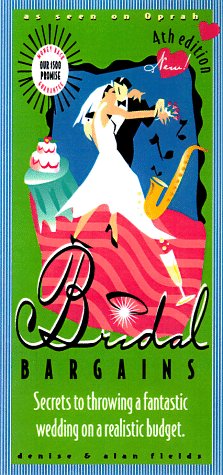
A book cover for Bridal Bargains: Secrets to Throwing a Fantastic Wedding on a Realistic Budget; Denise Fields; Crafts, Hobbies & Home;